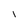
Character: l